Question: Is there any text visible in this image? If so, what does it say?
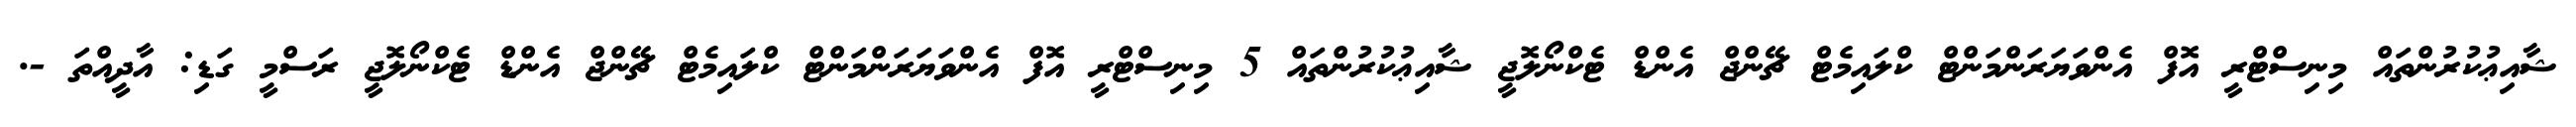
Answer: ޝާއިޢުކުރުންތައް މިނިސްޓްރީ އޮފް އެންވަޔަރަންމަންޓް ކްލައިމެޓް ޗޭންޖް އެންޑް ޓެކްނޯލޮޖީ ޝާއިޢުކުރުންތައް 5 މިނިސްޓްރީ އޮފް އެންވަޔަރަންމަންޓް ކްލައިމެޓް ޗޭންޖް އެންޑް ޓެކްނޯލޮޖީ ރަސްމީ ގަޑި: އާދީއްތަ -.